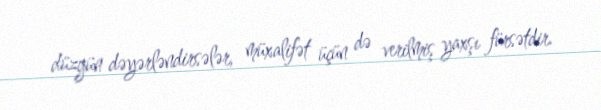
düzgün dəyərləndirsələr, müxalifət üçün də verilmiş yaxşı fürsətdir.